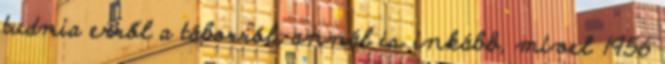
tudnia erről a táborról, annál is inkább, mivel 1956